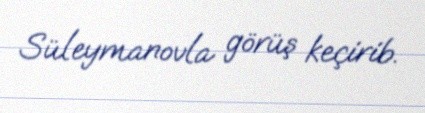
Süleymanovla görüş keçirib.